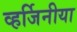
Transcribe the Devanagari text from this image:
व्हर्जिनीया